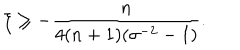
\xi \geq - \frac { n } { 4 ( n + 1 ) ( \sigma ^ { - 2 } - 1 ) } .